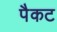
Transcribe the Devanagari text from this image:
पैकट